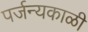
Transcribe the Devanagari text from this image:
पर्जन्यकाळी